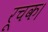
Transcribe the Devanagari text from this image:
रूचक।